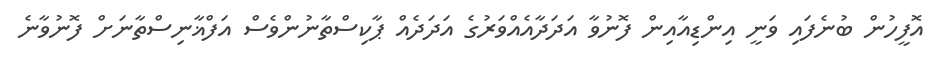
އޮފީހުން ބުނެފައި ވަނީ އިންޑިއާއިން ފޮނުވާ އަދަދާއެއްވަރުގެ އަދަދެއް ޕާކިސްތާނުންވެސް އަފްޣާނިސްތާނަށް ފޮނުވާނެ